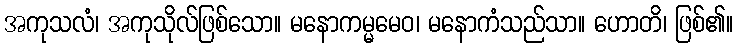
အကုသလံ၊ အကုသိုလ်ဖြစ်သော။ မနောကမ္မမေဝ၊ မနောကံသည်သာ။ ဟောတိ၊ ဖြစ်၏။